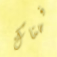
فهناك